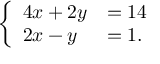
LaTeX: \left\{ \begin{array} { l l } { 4 x + 2 y } & { = 1 4 } \\ { 2 x - y } & { = 1 . } \end{array} \right.